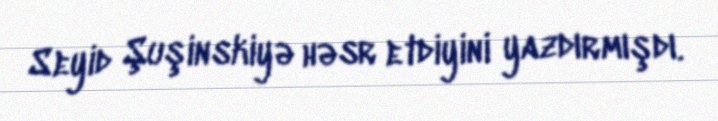
Seyid Şuşinskiyə həsr etdiyini yazdırmışdı.